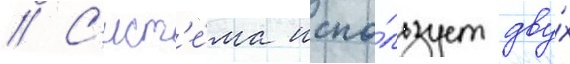
// С'ист'е́ма испо́льзует дву́х